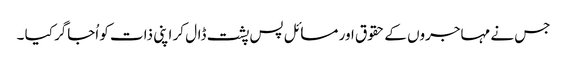
جس نے مہاجروں کے حقوق اور مسائل پس پشت ڈال کر اپنی ذات کو اُجاگر کیا ۔